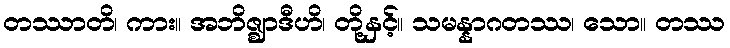
တဿာတိ၊ ကား။ အဘိဇ္ဈာဒီဟိ၊ တို့နှင့်။ သမန္နာဂတဿ၊ သော။ တဿ